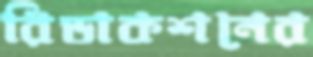
রিডাকশনের